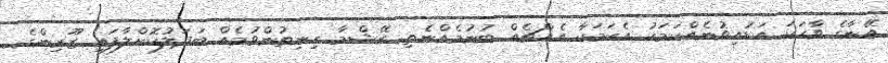
އޭނާގެ ވާހަކަ އަޑުއިވުނެއްކަމަކު އެކަމަކާ އެއްޗެއް ބުނުމެއްނެތި ރޭޝްމާ ހިނިތުންވުމެއް ބަދަލުކޮށްލާފައި ޒޫރިންގެ